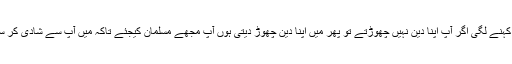
لڑکی کہنے لگی اگر آپ اپنا دین نہیں چھوڑتے تو پھر میں اپنا دین چھوڑ دیتی ہوں آپ مجھے مسلمان کیجئے تاکہ میں آپ سے شادی کر سکوں ۔